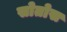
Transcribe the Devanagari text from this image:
सोतोस